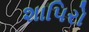
શાપિરો